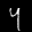
Label: 4